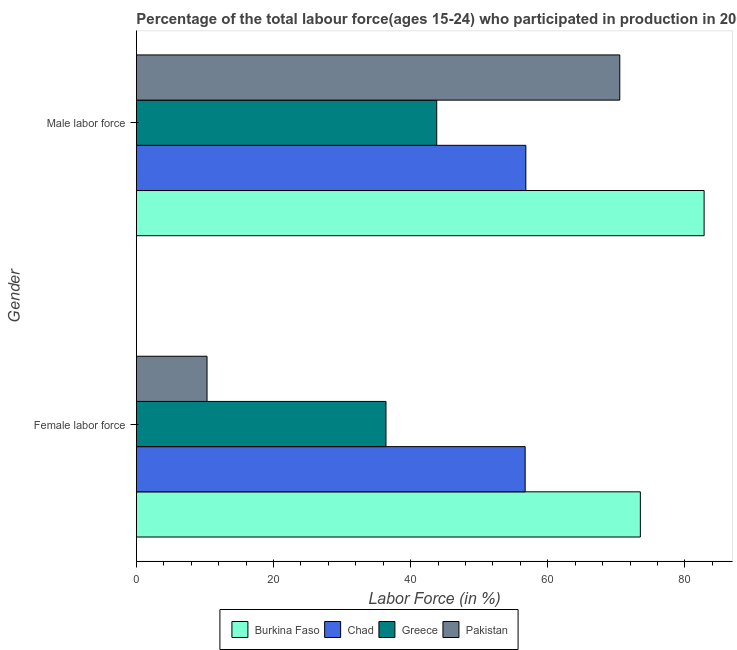
| Gender | Burkina Faso | Chad | Greece | Pakistan |
 | --- | --- | --- | --- | --- |
 | Female labor force | 73.5 | 56.7 | 36.4 | 10.3 |
 | Male labor force | 82.8 | 56.8 | 43.8 | 70.5 |